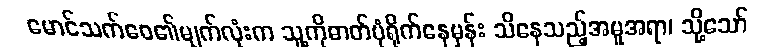
မောင်သက်ဝေ၏မျက်လုံးက သူ့ကိုဓာတ်ပုံရိုက်နေမှန်း သိနေသည့်အမူအရာ၊ သို့သော်